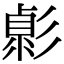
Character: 𢒭